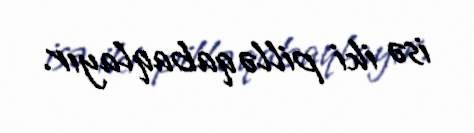
isə iki pillə qabaqlayır.